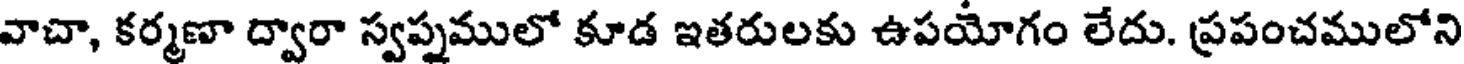
వాచా, కర్మణా ద్వారా స్వప్నములో కూడ ఇతరులకు ఉపయోగం లేదు. ప్రపంచములోని